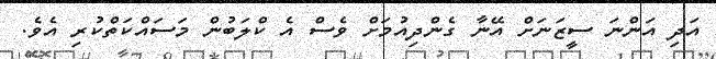
އަދި އަންނަ ސީޒަނަށް އޭނާ ގެންދިއުމަށް ވެސް އެ ކްލަބުން މަސައްކަތްކުރި އެވެ.